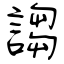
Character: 謅